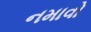
નમાવો